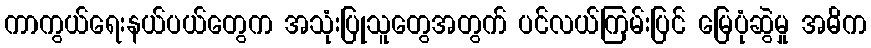
ကာကွယ်ရေးနယ်ပယ်တွေက အသုံးပြုသူတွေအတွက် ပင်လယ်ကြမ်းပြင် မြေပုံဆွဲမှု အဓိက